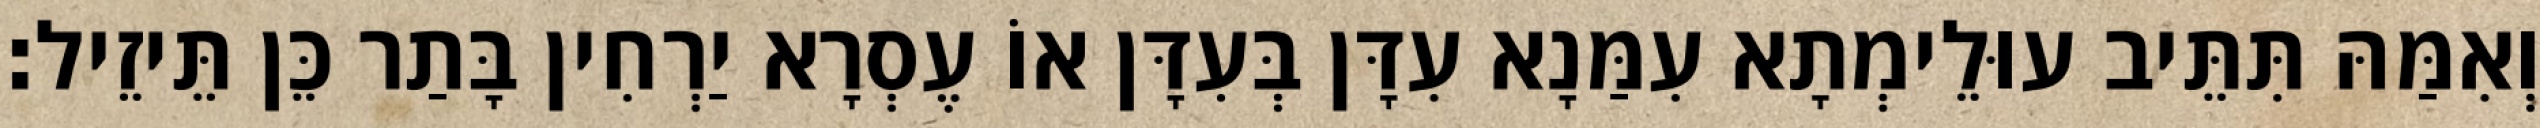
וְאִמַּהּ תִּתֵּיב עוּלֵימְתָא עִמַּנָא עִדָּן בְּעִדָּן אוֹ עֶסְרָא יַרְחִין בָּתַר כֵּן תֵּיזֵיל׃